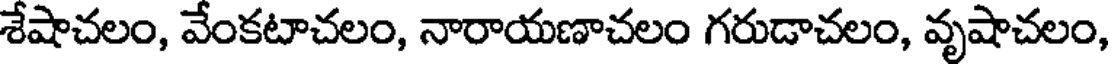
శేషాచలం, వేంకటాచలం, నారాయణాచలం గరుడాచలం, వృషాచలం,